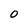
Character: O